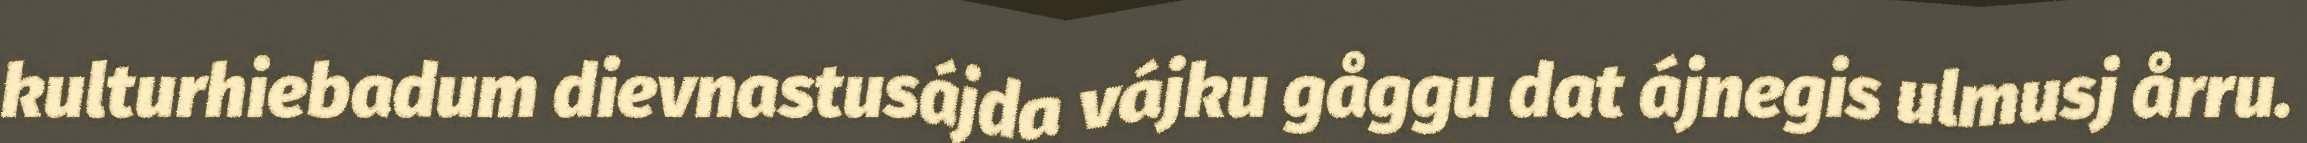
kulturhiebadum dievnastusájda vájku gåggu dat ájnegis ulmusj årru.